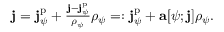
\begin{array} { r } { \mathbf { j } = \mathbf { j } _ { \psi } ^ { \mathrm { p } } + \frac { \mathbf { j } - \mathbf { j } _ { \psi } ^ { \mathrm { p } } } { \rho _ { \psi } } \rho _ { \psi } = : \mathbf { j } _ { \psi } ^ { \mathrm { p } } + \mathbf { a } [ \psi ; \mathbf { j } ] \rho _ { \psi } . } \end{array}